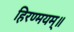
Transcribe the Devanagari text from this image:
हिरण्मयम्॥